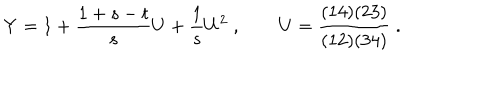
Y = 1 + { \frac { 1 + s - t } { s } } U + { \frac { 1 } { s } } U ^ { 2 } \; , \qquad U = { \frac { ( 1 4 ) ( 2 3 ) } { ( 1 2 ) ( 3 4 ) } } \; .